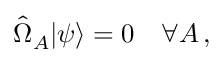
\hat { \Omega } _ { A } \vert \psi \rangle = 0 \quad \forall A \, ,